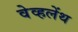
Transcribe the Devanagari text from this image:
वेव्हलेंथ